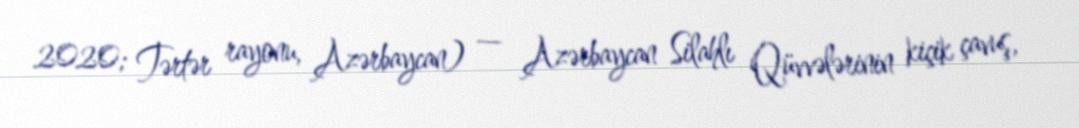
2020; Tərtər rayonu, Azərbaycan) — Azərbaycan Silahlı Qüvvələrinin kiçik çavuş,